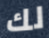
لك